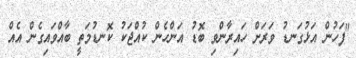
"ފަހުން އަޅުގަނޑު ވަރަށް ހައިރާންވި ބޮޑު އަންހެން ކުއްޖަކު ކޮނޑުމަތީ ބާއްވައިގެން އެއް